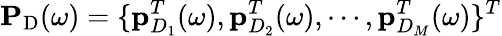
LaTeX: \mathbf{P}_{\mathrm{D}}(\omega)=\{ \mathbf{p}_{D_{1}}^{T}(\omega),\mathbf{p}_{D_{2}}^{T}(\omega),\cdots,\mathbf{p}_{D_{M}}^{T}(\omega)\} ^{T}